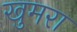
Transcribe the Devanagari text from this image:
खुमरा